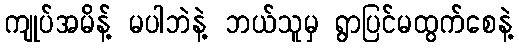
ကျုပ်အမိန့် မပါဘဲနဲ့ ဘယ်သူမှ ရွာပြင်မထွက်စေနဲ့